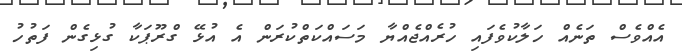
އެއްވެސް ތަނެއް ހަލާކުވެފައި ހުރެއްޖެއްޔާ މަސައްކަތްކުރަން އެ އުޅޭ ގްރޫޕަކާ ގުޅިގެން ފަތުހު